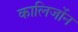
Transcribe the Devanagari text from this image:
कालिजोंन